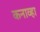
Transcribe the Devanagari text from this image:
कनाव्हा